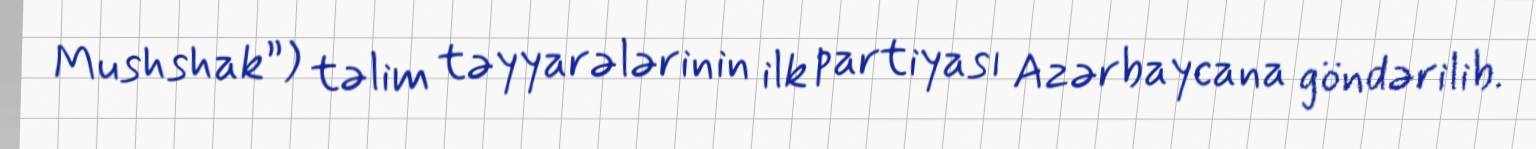
Mushshak”) təlim təyyarələrinin ilk partiyası Azərbaycana göndərilib.